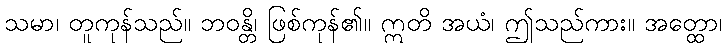
သမာ၊ တူကုန်သည်။ ဘဝန္တိ၊ ဖြစ်ကုန်၏။ ဣတိ အယံ၊ ဤသည်ကား။ အတ္ထော၊